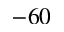
- 6 0